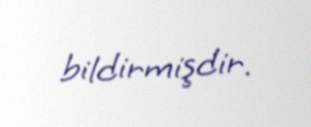
bildirmişdir.